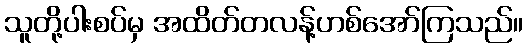
သူတို့ပါးစပ်မှ အထိတ်တလန့်ဟစ်အော်ကြသည်။